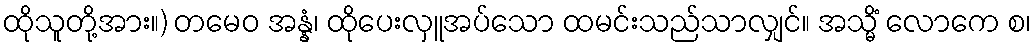
ထိုသူတို့အား။) တမေဝ အန္နံ၊ ထိုပေးလှူအပ်သော ထမင်းသည်သာလျှင်။ အသ္မိံ လောကေ စ၊